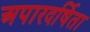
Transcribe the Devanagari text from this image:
अपारदर्षिता